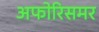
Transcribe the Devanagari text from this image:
अफोरिसमर